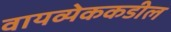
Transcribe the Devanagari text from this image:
वायव्येककडील